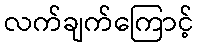
လက်ချက်ကြောင့်